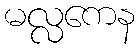
မလ္လကေန